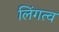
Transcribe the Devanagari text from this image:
लिंगत्व